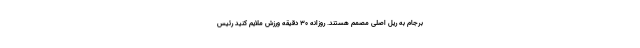
برجام به ریل اصلی مصمم هستند. روزانه ۳۰ دقیقه ورزش ملایم کنید رئیس